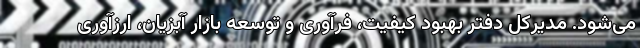
می‌شود. مدیرکل دفتر بهبود کیفیت، فرآوری و توسعه بازار آبزیان، ارزآوری